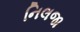
નિલજા